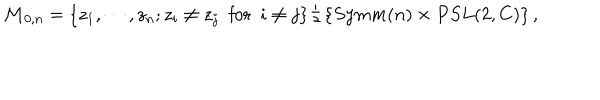
LaTeX: { \cal M } _ { 0 , n } = \left\{ z _ { 1 } , \cdots , z _ { n } ; z _ { i } \neq z _ { j } \, \, \, \mathrm { f o r } \, \, \, i \neq j \right\} / \left\{ S y m m ( n ) \times P S L ( 2 , C ) \right\} ,